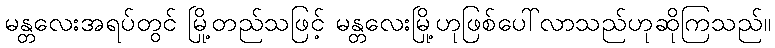
မန္တလေးအရပ်တွင် မြို့တည်သဖြင့် မန္တလေးမြို့ဟုဖြစ်ပေါ်လာသည်ဟုဆိုကြသည်။